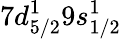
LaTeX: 7d_{5/2}^{1}9s_{1/2}^{1}